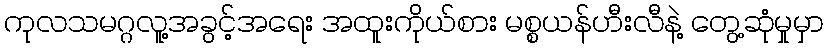
ကုလသမဂ္ဂလူ့အခွင့်အရေး အထူးကိုယ်စား မစ္စယန်ဟီးလီနဲ့ တွေ့ဆုံမှုမှာ